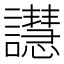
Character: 譿